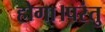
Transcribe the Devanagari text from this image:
होगा।परंतु